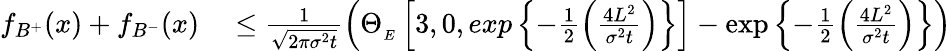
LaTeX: \begin{array}{rl}{f_{B^{+}}(x)+f_{B^{-}}(x)}&{{}\leq\frac{1}{\sqrt{2\pi\sigma^{2}t}}\left(\Theta_{_{E}}\left[3,0,exp\left\lbrace-\frac{1}{2}\left(\frac{4L^{2}}{\sigma^{2}t}\right)\right\rbrace\right]-\exp\left\lbrace-\frac{1}{2}\left(\frac{4L^{2}}{\sigma^{2}t}\right)\right\rbrace\right)}\end{array}